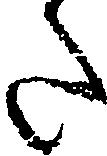
た